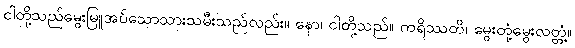
ငါတို့သည်မွေးမြူအပ်သောသားသမီးသည်လည်း။ နော၊ ငါတို့သည်။ ကရိဿတိ၊ မွေးတုံ့မွေးလတ္တံ့။